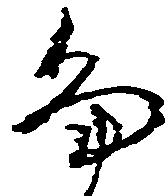
畠